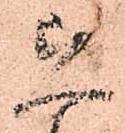
恐